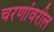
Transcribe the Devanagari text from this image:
चरणांवरील